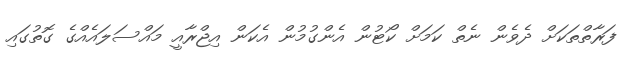
ފަރާތްތަކަށް ދެވެން ނެތް ކަމަށް ކޯޓުން އެންގުމުން އެކަން އިޖްރާއީ މައްސަލައެއްގެ ގޮތުގައި